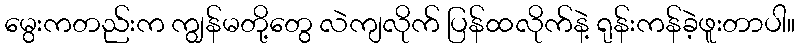
မွေးကတည်းက ကျွန်မတို့တွေ လဲကျလိုက် ပြန်ထလိုက်နဲ့ ရုန်းကန်ခဲ့ဖူးတာပါ။